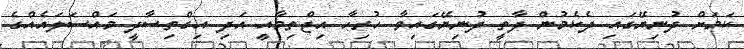
ކަމަށް ދުނިޔޭގައި ދެކެމުން ދާތީ ދުނިޔޭގައިވާ ހުރިހާ އިޖްތިމާއީ އަދި އިގްތިސާދީ މައްސަލައެއްގެ